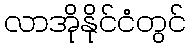
လာအိုနိုင်ငံတွင်